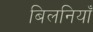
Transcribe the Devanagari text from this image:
बिलनियाँ